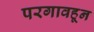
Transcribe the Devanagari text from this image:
परगावहून